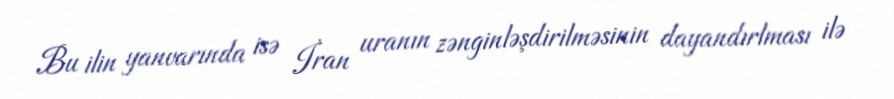
Bu ilin yanvarında isə İran uranın zənginləşdirilməsinin dayandırlması ilə